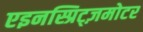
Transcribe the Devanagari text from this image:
एइनस्प्रिट्ज़मोटर